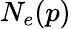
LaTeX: N_{e}(p)